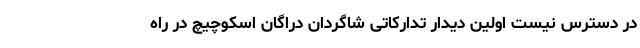
در دسترس نیست اولین دیدار تدارکاتی شاگردان دراگان اسکوچیچ در راه